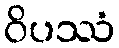
ဝိပဿံ